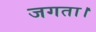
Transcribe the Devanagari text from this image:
जगता।